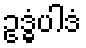
ဥဒ္ဓံပါဒံ